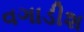
વગાડીશ